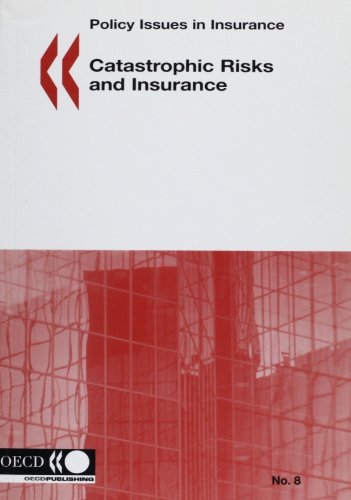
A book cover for Catastrophic Risks And Insurance: Policy Issues in Insurance No.8; Business & Money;